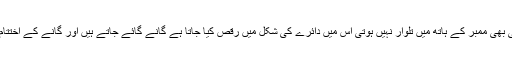
خٹک ڈانس کا اخری سٹیپ بلبلہ ہوتا ہے جس میں کسی بھی ممبر کے ہاتھ میں تلوار نہیں ہوتی اس میں دائرے کی شکل میں رقص کیا جاتا ہے گانے گائے جاتے ہیں اور گانے کے اختتام کے بعدمیوزک بجتا ہے اور یہ ڈانس جاری رہتا ہے۔